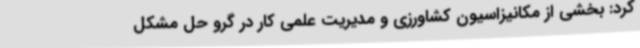
کرد: بخشی از مکانیزاسیون کشاورزی و مدیریت علمی کار در گرو حل مشکل